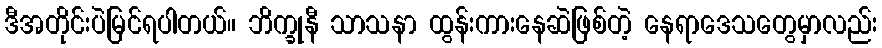
ဒီအတိုင်းပဲမြင်ရပါတယ်။ ဘိက္ခုနီ သာသနာ ထွန်းကားနေဆဲဖြစ်တဲ့ နေရာဒေသတွေမှာလည်း